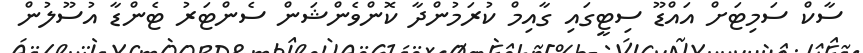
ސާކް ސަމިޓަށް އައްޑޫ ސިޓީގައި ގާއިމް ކުރަމުންދާ ކޮންވެންޝަން ސެންޓަރު ޓެންޑާ އުސޫލުން